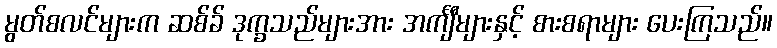
မွတ်စလင်များက ဆစ်ခ် ဒုက္ခသည်များအား အင်္ကျီများနှင့် စားစရာများ ပေးကြသည်။